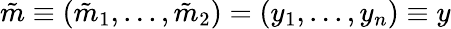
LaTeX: \tilde{m}\equiv(\tilde{m}_{1},...,\tilde{m}_{2})=(y_{1},...,y_{n})\equiv y